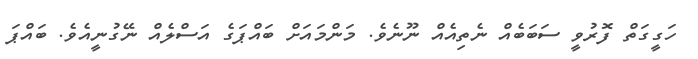
ހަގީގަތް ފޮރުވީ ސަބަބެއް ނެތިއެއް ނޫނެވެ. މަންމައަށް ބައްޕަގެ އަސްލެއް ނޭގުނީއެވެ. ބައްޕަ